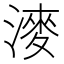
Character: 𣼊